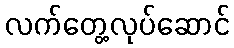
လက်တွေ့လုပ်ဆောင်